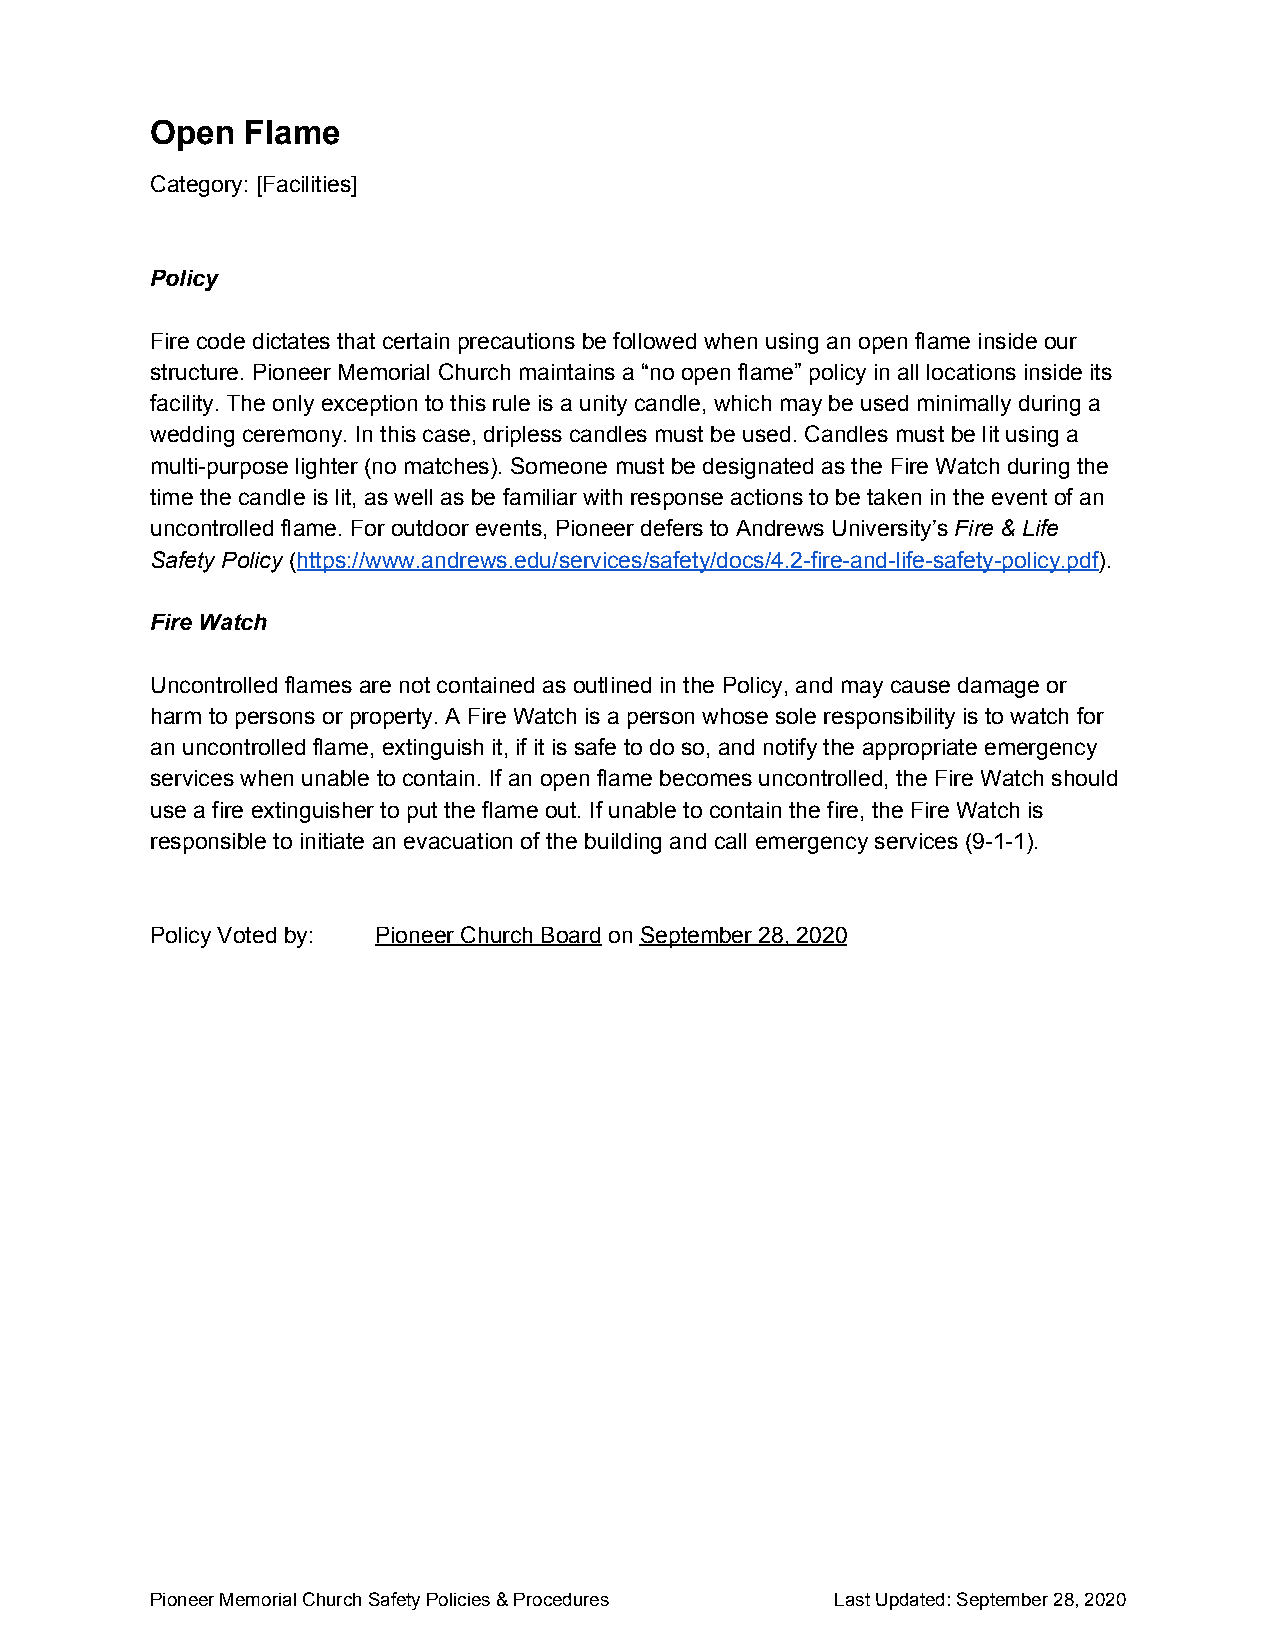
Open  Flame
 Category: [Facilities]
 Policy
 Fire code dictates that certain precautions be followed when using an open flame inside our
 structure. Pioneer Memorial Church maintains a “no open flame” policy in all locations inside its
 facility. The only exception to this rule is a unity candle, which may be used minimally during a
 wedding ceremony. In this case, dripless candles must be used. Candles must be lit using a
 multi-purpose lighter (no matches). Someone must be designated as the Fire Watch during the
 time the candle is lit, as well as be familiar with response actions to be taken in the event of an
 uncontrolled flame. For outdoor events, Pioneer defers to Andrews University’s Fire & Life
 ​
 Safety Policy (https://www.andrews.edu/services/safety/docs/4.2-fire-and-life-safety-policy.pdf).
 ​ ​                                                    ​
 Fire Watch
 Uncontrolled flames are not contained as outlined in the Policy, and may cause damage or
 harm to persons or property. A Fire Watch is a person whose sole responsibility is to watch for
 an uncontrolled flame, extinguish it, if it is safe to do so, and notify the appropriate emergency
 services when unable to contain. If an open flame becomes uncontrolled, the Fire Watch should
 use a fire extinguisher to put the flame out. If unable to contain the fire, the Fire Watch is
 responsible to initiate an evacuation of the building and call emergency services (9-1-1).
 Policy Voted by: Pioneer Church Board on September 28, 2020
 ​ ​
 Pioneer Memorial Church Safety Policies & Procedures Last Updated: September 28, 2020